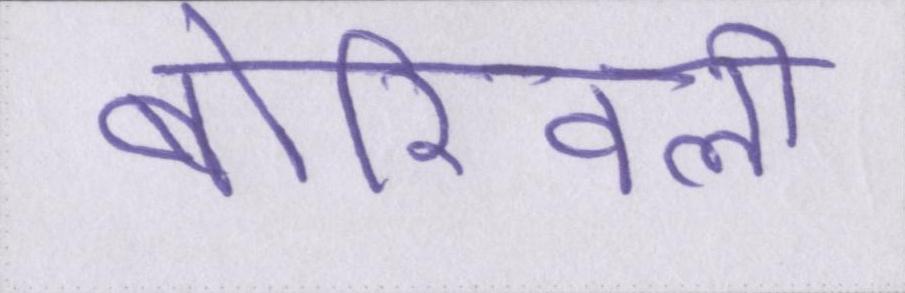
बोरिवली